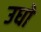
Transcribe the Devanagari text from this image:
उधो